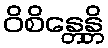
ဝိစိန္တေန္တိ